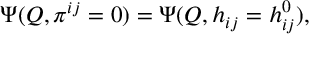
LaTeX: \Psi ( Q , \pi ^ { i j } = 0 ) = \Psi ( Q , h _ { i j } = h _ { i j } ^ { 0 } ) ,